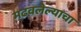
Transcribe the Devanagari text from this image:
मढवलेल्याचा